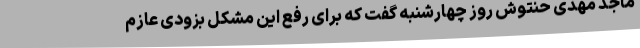
ماجد مهدی حنتوش روز چهارشنبه گفت که برای رفع این مشکل بزودی عازم